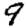
Digit: 9